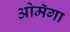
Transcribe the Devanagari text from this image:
ओमॅगा